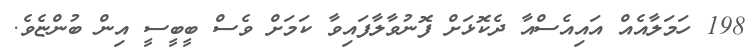
198 ހަމަލާއެއް އައިއެސްއާ ދެކޮޅަށް ފޮނުވާލާފައިވާ ކަމަށް ވެސް ބީބީސީ އިން ބުންޏެވެ.